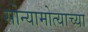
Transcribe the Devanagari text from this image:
सोन्यामोत्याच्या